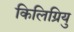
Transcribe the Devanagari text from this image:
किलिग्रियु